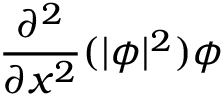
\frac { \partial ^ { 2 } } { \partial x ^ { 2 } } ( | \phi | ^ { 2 } ) \phi